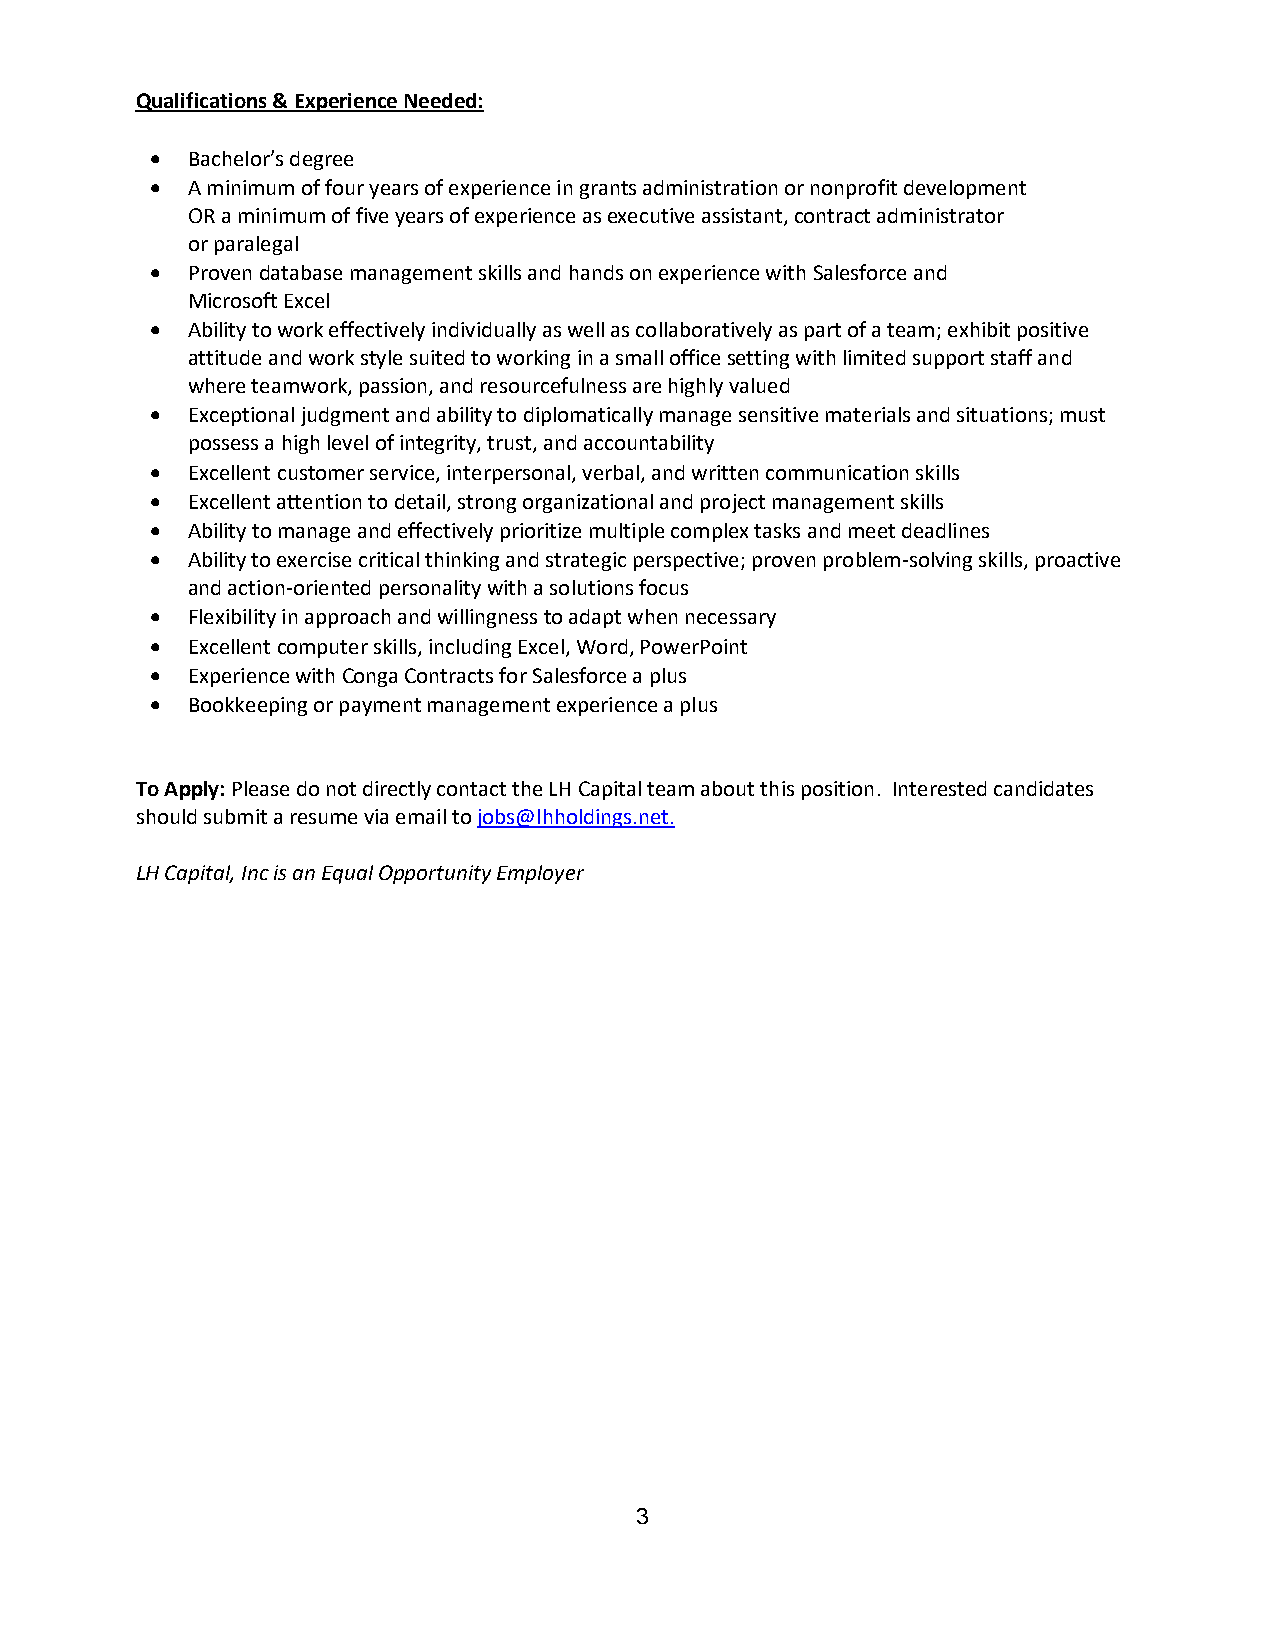
Qualifications & Experience Needed:
 • Bachelor’s degree
 • A minimum of four years of experience in grants administration or nonprofit development
 OR a minimum of five years of experience as executive assistant, contract administrator
 or paralegal
 • Proven database management skills and hands on experience with Salesforce and
 Microsoft Excel
 • Ability to work effectively individually as well as collaboratively as part of a team; exhibit positive
 attitude and work style suited to working in a small office setting with limited support staff and
 where teamwork, passion, and resourcefulness are highly valued
 • Exceptional judgment and ability to diplomatically manage sensitive materials and situations; must
 possess a high level of integrity, trust, and accountability
 • Excellent customer service, interpersonal, verbal, and written communication skills
 • Excellent attention to detail, strong organizational and project management skills
 • Ability to manage and effectively prioritize multiple complex tasks and meet deadlines
 • Ability to exercise critical thinking and strategic perspective; proven problem-solving skills, proactive
 and action-oriented personality with a solutions focus
 • Flexibility in approach and willingness to adapt when necessary
 • Excellent computer skills, including Excel, Word, PowerPoint
 • Experience with Conga Contracts for Salesforce a plus
 • Bookkeeping or payment management experience a plus
 To Apply: Please do not directly contact the LH Capital team about this position. Interested candidates
 should submit a resume via email to jobs@lhholdings.net.
 LH Capital, Inc is an Equal Opportunity Employer
 3